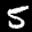
Label: 5